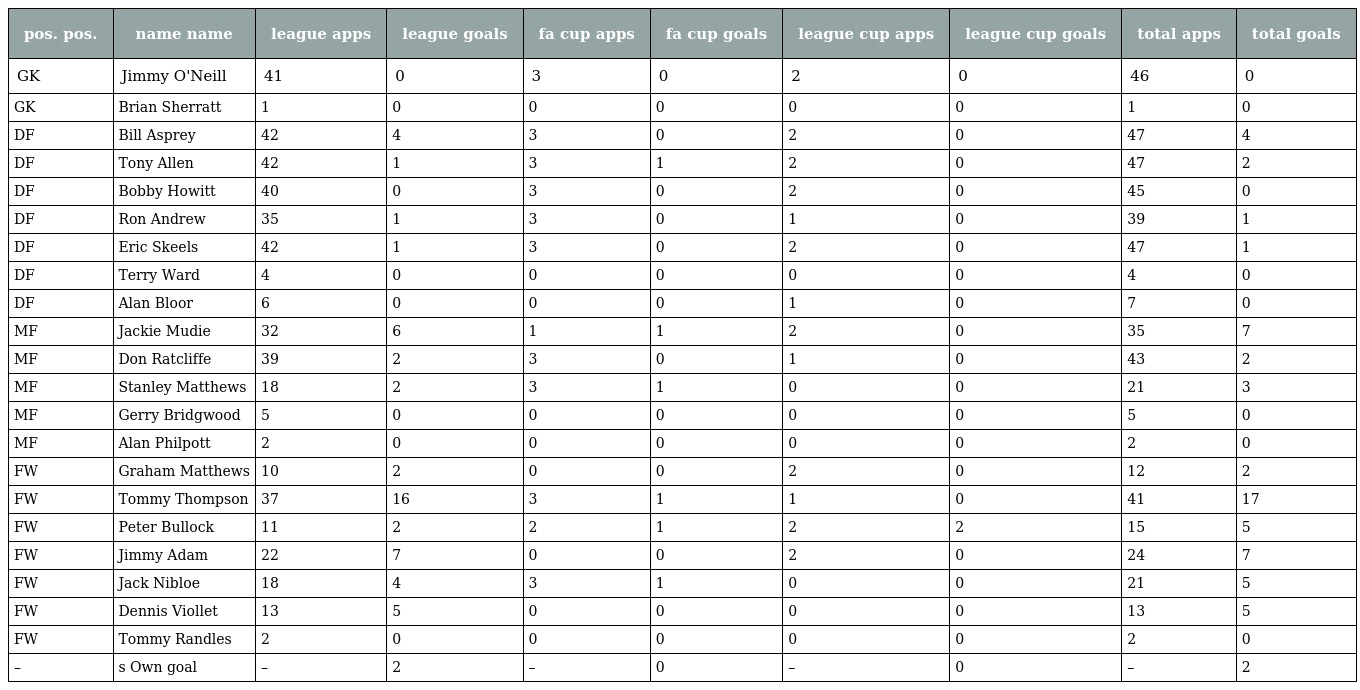
| pos. pos. | name name | league apps | league goals | fa cup apps | fa cup goals | league cup apps | league cup goals | total apps | total goals |
 | --- | --- | --- | --- | --- | --- | --- | --- | --- | --- |
 | GK | Jimmy O'Neill | 41 | 0 | 3 | 0 | 2 | 0 | 46 | 0 |
 | GK | Brian Sherratt | 1 | 0 | 0 | 0 | 0 | 0 | 1 | 0 |
 | DF | Bill Asprey | 42 | 4 | 3 | 0 | 2 | 0 | 47 | 4 |
 | DF | Tony Allen | 42 | 1 | 3 | 1 | 2 | 0 | 47 | 2 |
 | DF | Bobby Howitt | 40 | 0 | 3 | 0 | 2 | 0 | 45 | 0 |
 | DF | Ron Andrew | 35 | 1 | 3 | 0 | 1 | 0 | 39 | 1 |
 | DF | Eric Skeels | 42 | 1 | 3 | 0 | 2 | 0 | 47 | 1 |
 | DF | Terry Ward | 4 | 0 | 0 | 0 | 0 | 0 | 4 | 0 |
 | DF | Alan Bloor | 6 | 0 | 0 | 0 | 1 | 0 | 7 | 0 |
 | MF | Jackie Mudie | 32 | 6 | 1 | 1 | 2 | 0 | 35 | 7 |
 | MF | Don Ratcliffe | 39 | 2 | 3 | 0 | 1 | 0 | 43 | 2 |
 | MF | Stanley Matthews | 18 | 2 | 3 | 1 | 0 | 0 | 21 | 3 |
 | MF | Gerry Bridgwood | 5 | 0 | 0 | 0 | 0 | 0 | 5 | 0 |
 | MF | Alan Philpott | 2 | 0 | 0 | 0 | 0 | 0 | 2 | 0 |
 | FW | Graham Matthews | 10 | 2 | 0 | 0 | 2 | 0 | 12 | 2 |
 | FW | Tommy Thompson | 37 | 16 | 3 | 1 | 1 | 0 | 41 | 17 |
 | FW | Peter Bullock | 11 | 2 | 2 | 1 | 2 | 2 | 15 | 5 |
 | FW | Jimmy Adam | 22 | 7 | 0 | 0 | 2 | 0 | 24 | 7 |
 | FW | Jack Nibloe | 18 | 4 | 3 | 1 | 0 | 0 | 21 | 5 |
 | FW | Dennis Viollet | 13 | 5 | 0 | 0 | 0 | 0 | 13 | 5 |
 | FW | Tommy Randles | 2 | 0 | 0 | 0 | 0 | 0 | 2 | 0 |
 | – | s Own goal | – | 2 | – | 0 | – | 0 | – | 2 |